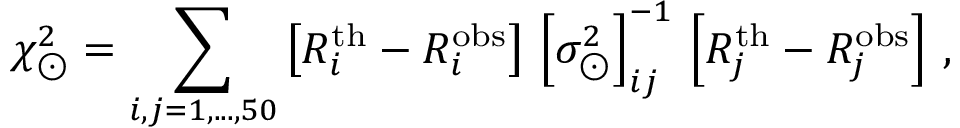
\chi _ { \odot } ^ { 2 } = \sum _ { i , j = 1 , . . . , 5 0 } \left[ R _ { i } ^ { \mathrm { t h } } - R _ { i } ^ { \mathrm { o b s } } \right] \, \left[ \sigma _ { \odot } ^ { 2 } \right] _ { i j } ^ { - 1 } \, \left[ R _ { j } ^ { \mathrm { t h } } - R _ { j } ^ { \mathrm { o b s } } \right] \, ,